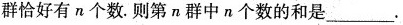
群恰好有n个数.则第n群中n个数的和是___.